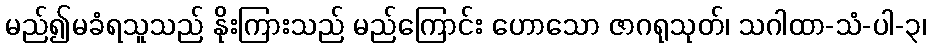
မည်၍မခံရသူသည် နိုးကြားသည် မည်ကြောင်း ဟောသော ဇာဂရုသုတ်၊ သဂါထာ-သံ-ပါ-၃၊